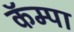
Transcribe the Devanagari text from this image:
कॅम्पा